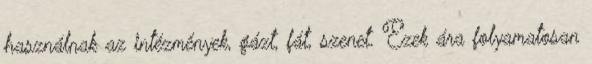
használnak az intézmények, gázt, fát, szenet. Ezek ára folyamatosan